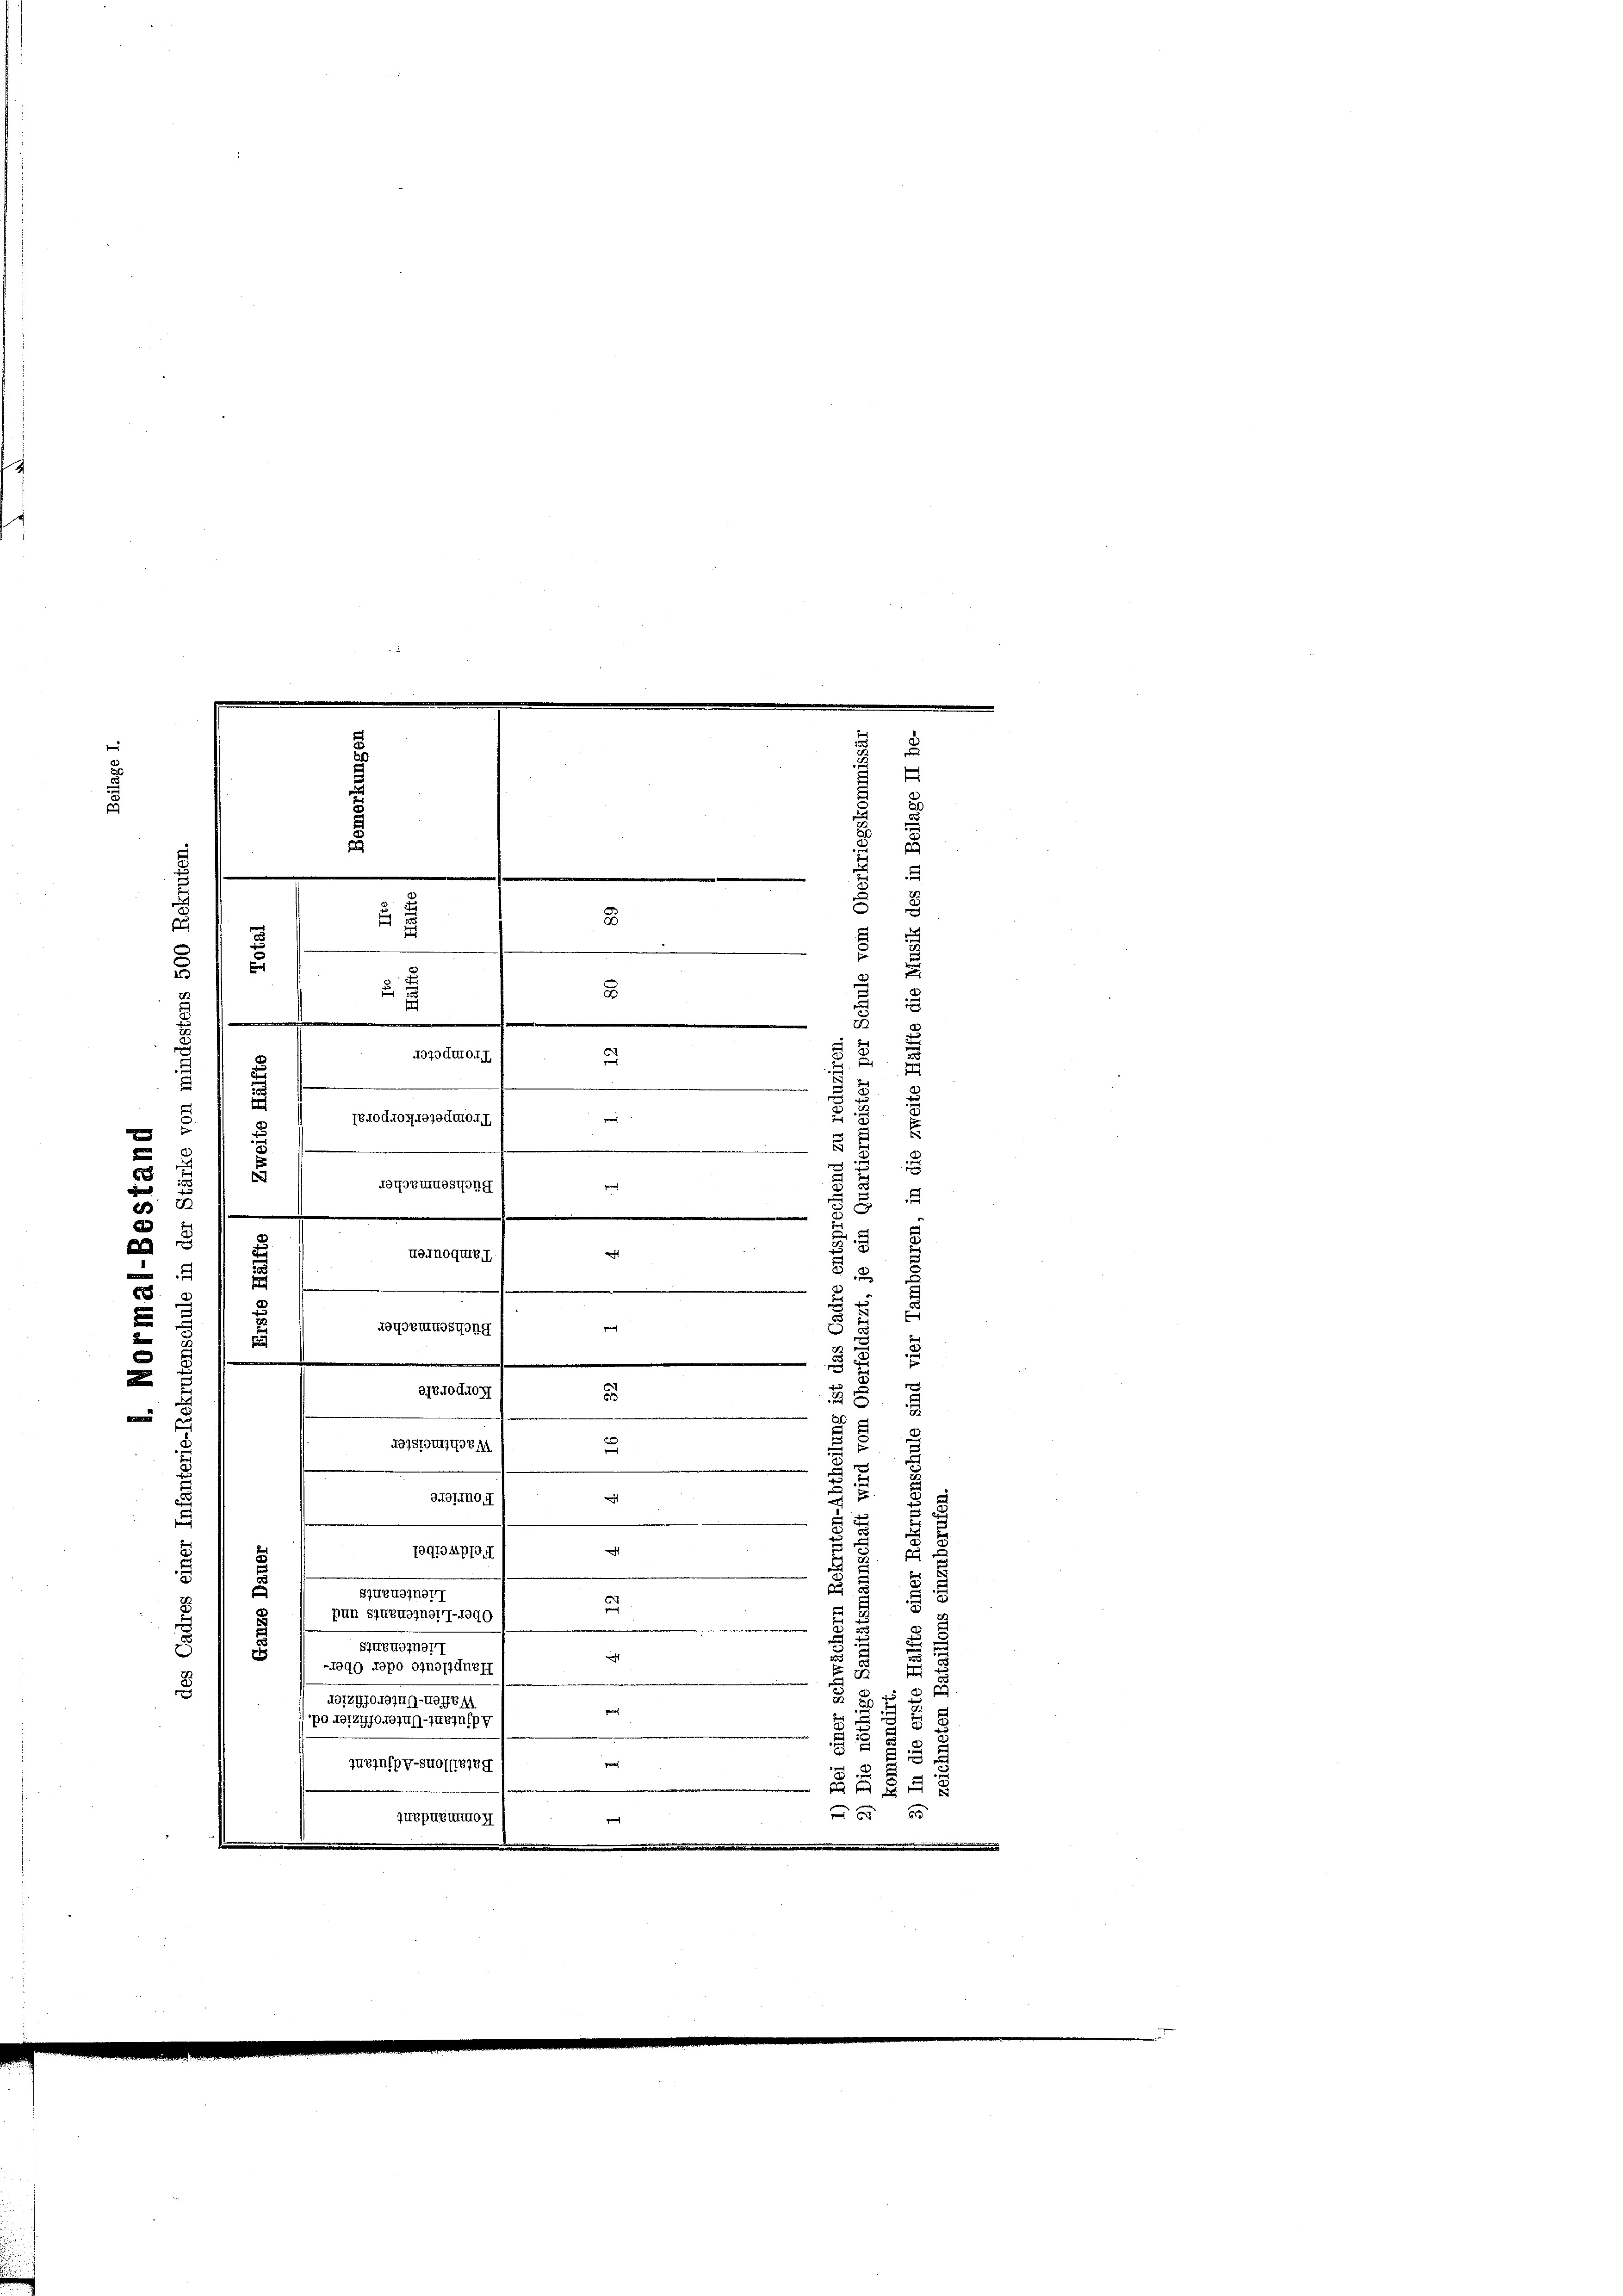
s

d
u
3.
1840 duos 1870 dato I. I
h
.
e
e
8
s
Toroemuesung
e
2
1
.
e
.
e

WOTNoquie I
.
6
r
s
roysenkosteng
s
.
d
218todron
e
—

Forsteuerem
2
D
e
nicht
99IIO,
e
.
e
70groupf,
t

e
e
u
szupuomnor
jenach
2.
pun szuruozner 7-1890
59
I
szuewonnert

5
nicht
e
-1890 dopo oinojiduen
u
e
e
e
uotzyfotojug-uorem
n
po Hotz foro jun-Inein p
e
r
s
Zukinfpy-Suoffizieg

55
ZUBpuEmmoy
.
.

e

3
u
e
a
u
8
)
407oduto. I
u
e
.
e